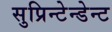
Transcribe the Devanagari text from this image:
सुप्रिन्टेन्डेन्ट